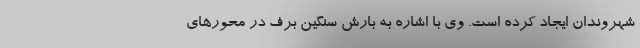
شهروندان ایجاد کرده است. وی با اشاره به بارش سنگین برف در محورهای